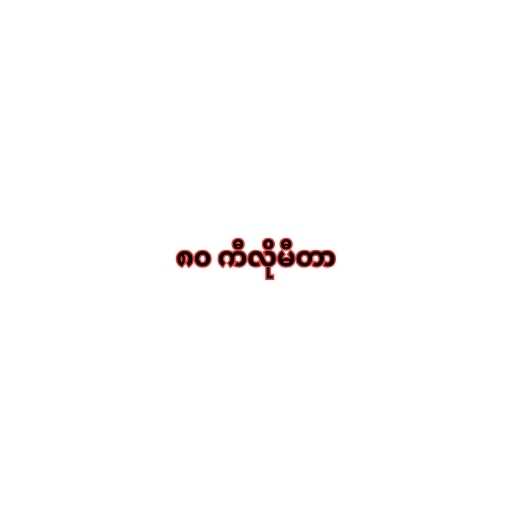
၈၀ ကီလိုမီတာ